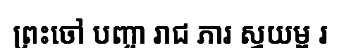
ព្រះចៅ បញ្ចា រាជ ភារ ស្វយម្ព រ